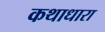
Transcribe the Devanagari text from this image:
कथाधारा